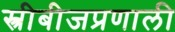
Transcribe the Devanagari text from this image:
स्त्रीबीजप्रणाली